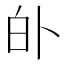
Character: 𱱺